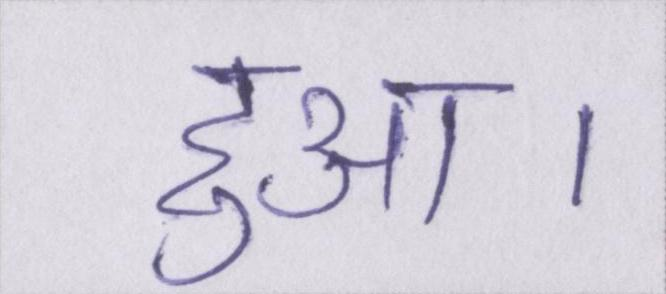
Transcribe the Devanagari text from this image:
हुआ।